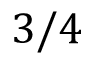
3 / 4